Report on plague in the Punjab from October 1st ... to September 30th ..., being the ... season of plague in the province
Disease focus: Plague
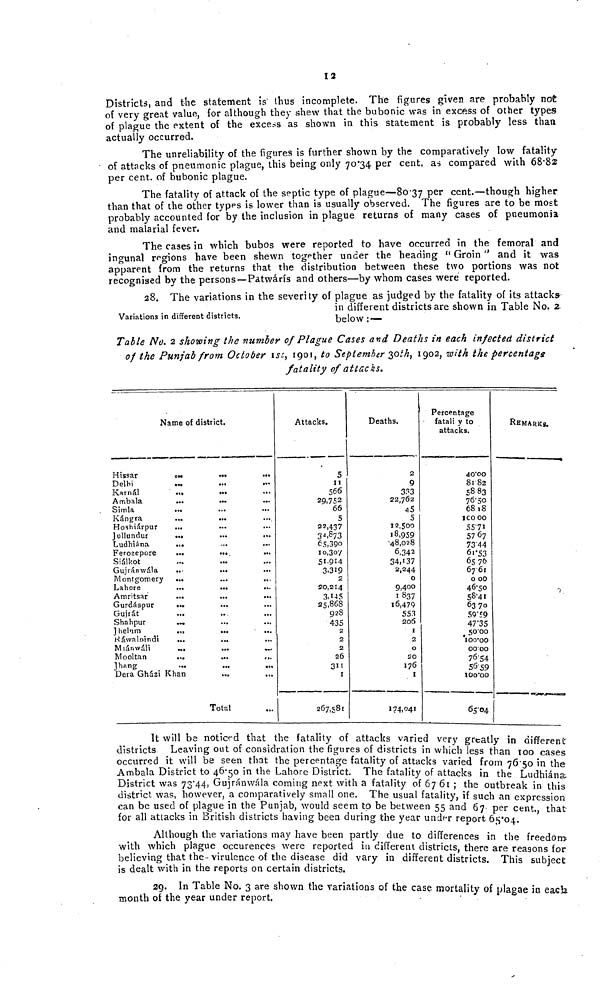
12
Districts, and the statement is" thus incomplete. The figures given are probably not
of very great value, for although they shew that the bubonic was in excess of other types
of plague the extent of the excels as shown in this statement is probably less than
actually occurred.
The unreliability of the figures is furtner shown by the comparatively low fatality
of attacks of pneumonic plague, this being only 7034 per cent. as compared with 68·82
per cent, of bubonic plague.
The fatality of attack of the septic type of plague—80-37 per cent.—though higher
than that of the other types is lower than is usually observed. The figures are to be most
probably accounted for by the inclusion in plague returns of many cases of pneumonia
and malarial fever.
The cases in which bubos were reported to have occurred in the femoral and
ingunal regions have been shewn together under the heading " Groin " and it was
apparent from the returns that the distribution between these two portions was not
recognised by the persons—Patwárís and others—by whom cases were reported.
28. The variations in the severity of plague as judged by the fatality of its attacks
in different districts are shown in Table No. 2-
Variations in different districts.
below :—
Table No. 2 showing the number of Plague Cases and Deaths in each infected district
of the Punjab from October Ist, 1901, to September 30th, 1902, with the percentage
fatality of attacks.
Name of district.
Hissar
Delhi
Karnál
Ambala
Simla
..
Kángra
Hoshiárpur
..
Jullundur
..
Ludhiána
Ferozepore
Siálkot
Gujrámvála
..
Montgomery
..
Lahore
Amritsar
Gurdáspur
••
Gujrát
Shahpur
J helnm
Ráwaloindi
Miánwáli
Mooltan
,
...
...
...
»
...
...
•
...
—
....
...
...
...
•
...
...
...
...
.
>
...
.
...
Jhang
...
... .Dera Gházi Khan
Total
Attacks.
5
11
566
29,752
66
5
22,437
32. 8 73
65,390
10,307
51-914
3.319
2
20,214
3,145
25,868
92S
435
2
2
2
26
311
I
267,581
Deaths.
2
9
333
22,762
45
5
12,500
1 8,959
•48,028
6,343
34,137
2,244
0
9,400
1837
16,479
553
206
I
2
O
20
176
I
174,041
Percentage
fatali y to
attacks.
40 00
81 82
5883
7650
6818
100 00
5571
5767
7344
61*53
6576
67 61
0 00
4650
58-41
6370
59 59
4735
50 00
00 00
7654
56 59
1OO'OO
65 04
REMARKS.
————
It will be noticed that the fatality of attacks varied very greatly in different
districts Leaving out of considration the figures of districts in which less than 100 cases
occurred it will be seen that the percentage fatality of attacks varied from 76-50 in the
Ambala District to 46-50 in the Lahore District. The fatality of attacks in the Ludhiáns
District was 73-44, Gujranwála coming next with a fatality of 67 61 ; the outbreak in thi-
district was, however, a comparatively small one. The usual fatality, if such an expression
can be used of plague in the Punjab, would seem to be between 55 and 67. per cent that
for all attacks in British districts having been during the year under reoort 6404.
Although the variations may have been partly due to differences in the freedom
with which plague occurences were reported in different districts, there are reasons for
believing that the-virulence of the disease did vary in different districts. This subject
is dealt with in the reports on certain districts.
'
29. In Table No. 3 are shown the variations of the case mortality of plagae in each
month of the year under report.